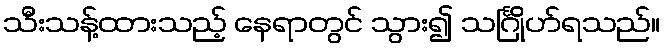
သီးသန့်ထားသည့် နေရာတွင် သွား၍ သင်္ဂြိုဟ်ရသည်။